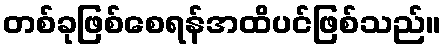
တစ်ခုဖြစ်စေရန်အထိပင်ဖြစ်သည်။